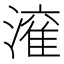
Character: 𱨻